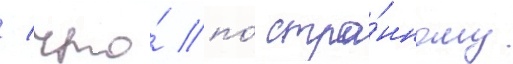
/ что́ по́ стра́нному